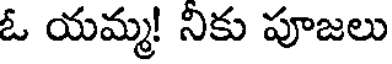
ఓ యమ్మ! నికు పూజలు